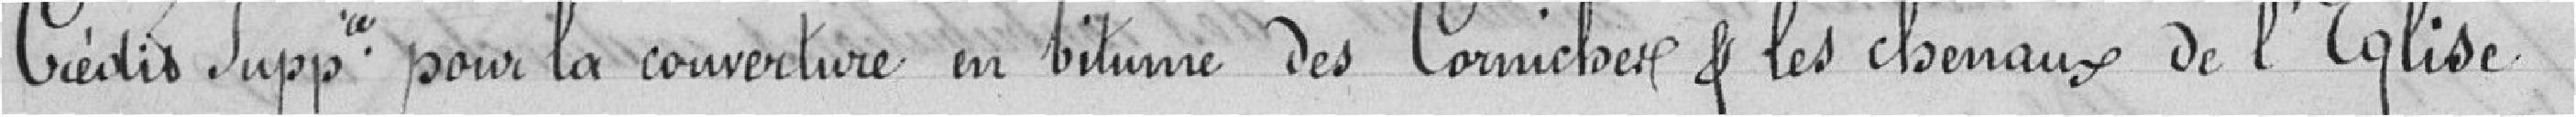
Crédit supplémentaire pour la couverture en bitume des Corniches et les chenaux de l'Eglise.